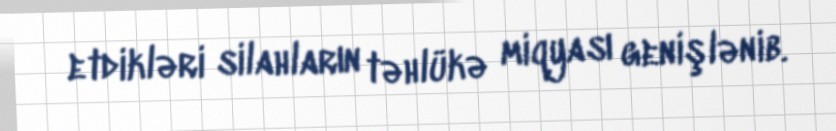
etdikləri silahların təhlükə miqyası genişlənib.